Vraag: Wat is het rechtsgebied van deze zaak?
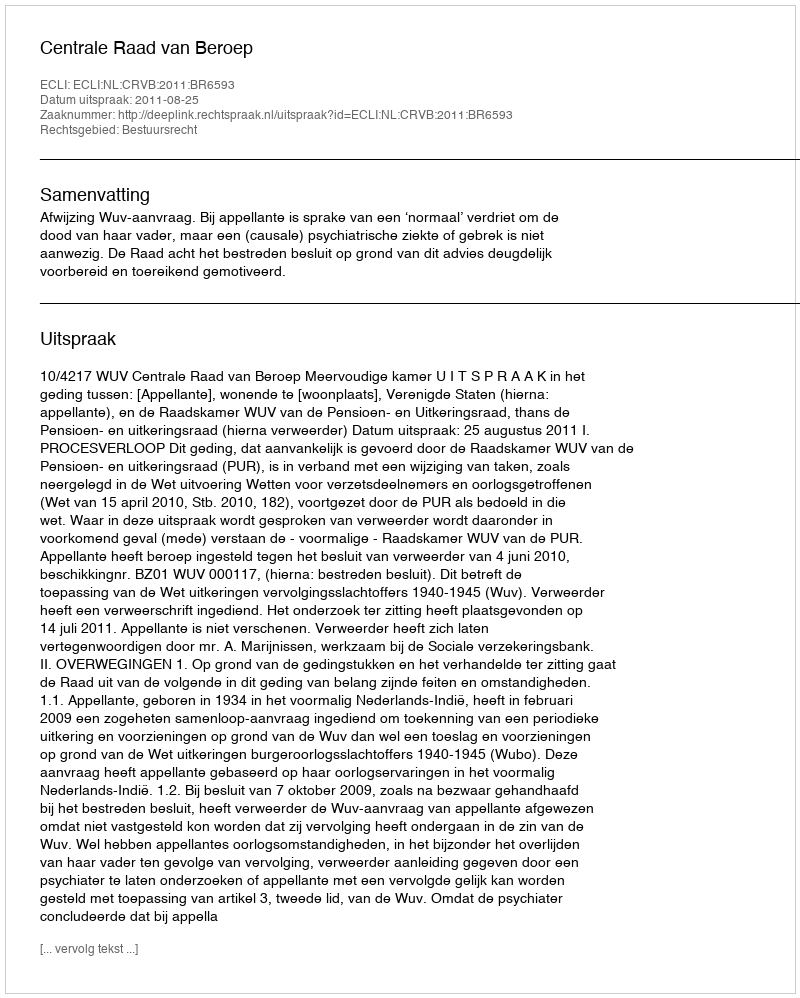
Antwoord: Bestuursrecht